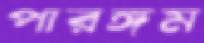
পারঙ্গম